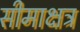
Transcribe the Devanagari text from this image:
सीमाक्षत्र